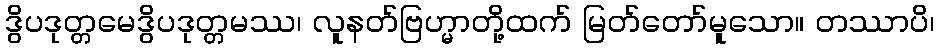
ဒွိပဒုတ္တမေဒွိပဒုတ္တမဿ၊ လူနတ်ဗြဟ္မာတို့ထက် မြတ်တော်မူသော။ တဿာပိ၊